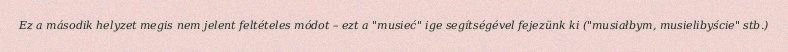
Ez a második helyzet megis nem jelent feltételes módot – ezt a "musieć" ige segítségével fejezünk ki ("musiałbym, musielibyście" stb.)